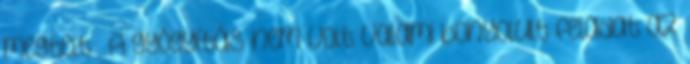
megtelt”. A gyógyítás nem volt valami bonyolult feladat az